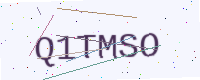
Text: Q1TMSO